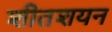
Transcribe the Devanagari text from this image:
शीतशयन